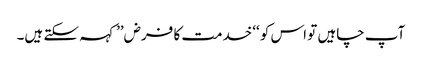
آپ چاہیں تو اس کو ‘‘خدمت کا فرض’’ کہہ سکتے ہیں۔